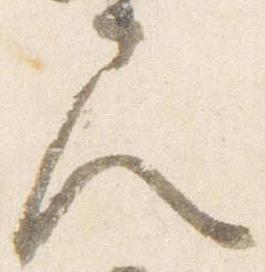
尺